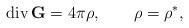
LaTeX: \begin{align*}\operatorname{div}\mathbf{G}=4\pi\rho,\qquad\rho=\rho^{\ast},\end{align*}